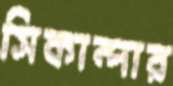
সিকান্দার